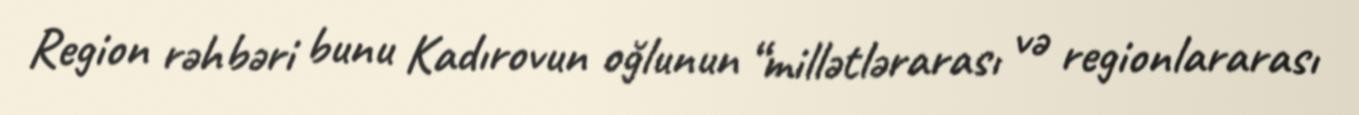
Region rəhbəri bunu Kadırovun oğlunun “millətlərarası və regionlararası